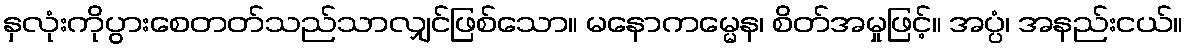
နှလုံးကိုပွားစေတတ်သည်သာလျှင်ဖြစ်သော။ မနောကမ္မေန၊ စိတ်အမှုဖြင့်။ အပ္ပံ၊ အနည်းငယ်။